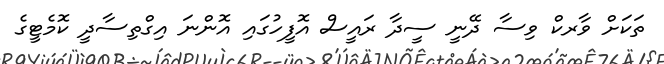
ތަަކަށް ވާރކް ވިސާ ދޭނީ ސީދާ ރައީސް އޮފީހުގައި އޮންނަ އިގްތިސާދީ ކޮމެޓީގެ